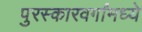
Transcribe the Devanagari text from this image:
पुरस्कारवर्गांमध्ये